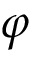
\varphi